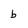
Character: b